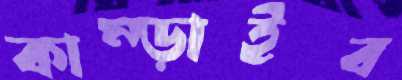
কাম্‌ড়াইব